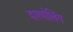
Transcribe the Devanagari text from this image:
दारपोलिंग